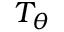
T _ { \boldsymbol { \theta } }